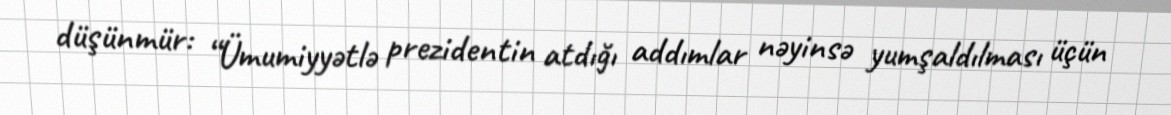
düşünmür: “Ümumiyyətlə prezidentin atdığı addımlar nəyinsə yumşaldılması üçün